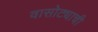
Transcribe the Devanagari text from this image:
वासोट्याची